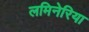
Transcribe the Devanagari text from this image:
लमिनेरिया